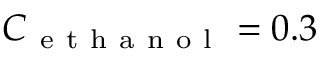
C _ { \mathrm { ~ e ~ t ~ h ~ a ~ n ~ o ~ l ~ } } = 0 . 3